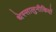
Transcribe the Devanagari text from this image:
थेस्सालुनीकियों